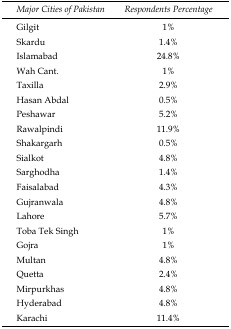
| Major Cities of Pakistan | Respondents Percentage |
 | --- | --- |
 | Gilgit | 1% |
 | Skardu | 1.4% |
 | Islamabad | 24.8% |
 | Wah Cant. | 1% |
 | Taxilla | 2.9% |
 | Hasan Abdal | 0.5% |
 | Peshawar | 5.2% |
 | Rawalpindi | 11.9% |
 | Shakargarh | 0.5% |
 | Sialkot | 4.8% |
 | Sarghodha | 1.4% |
 | Faisalabad | 4.3% |
 | Gujranwala | 4.8% |
 | Lahore | 5.7% |
 | Toba Tek Singh | 1% |
 | Gojra | 1% |
 | Multan | 4.8% |
 | Quetta | 2.4% |
 | Mirpurkhas | 4.8% |
 | Hyderabad | 4.8% |
 | Karachi | 11.4% |